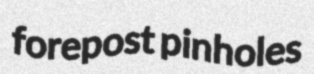
forepost pinholes